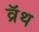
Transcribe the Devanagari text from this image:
व्रॅथ